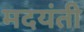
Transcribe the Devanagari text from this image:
मदयंती